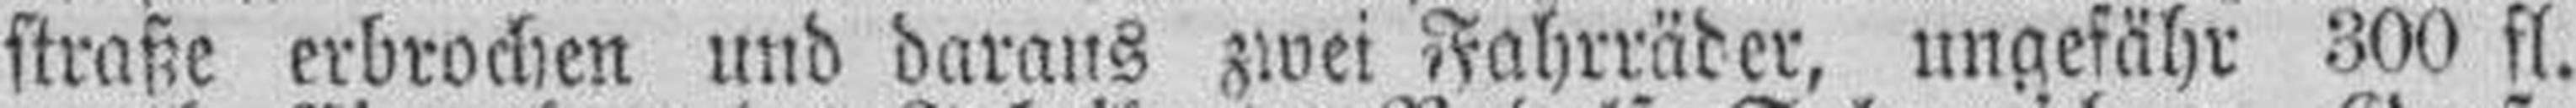
straße erbrochen und daraus zwei Fahrräder, ungefähr 300 fl.